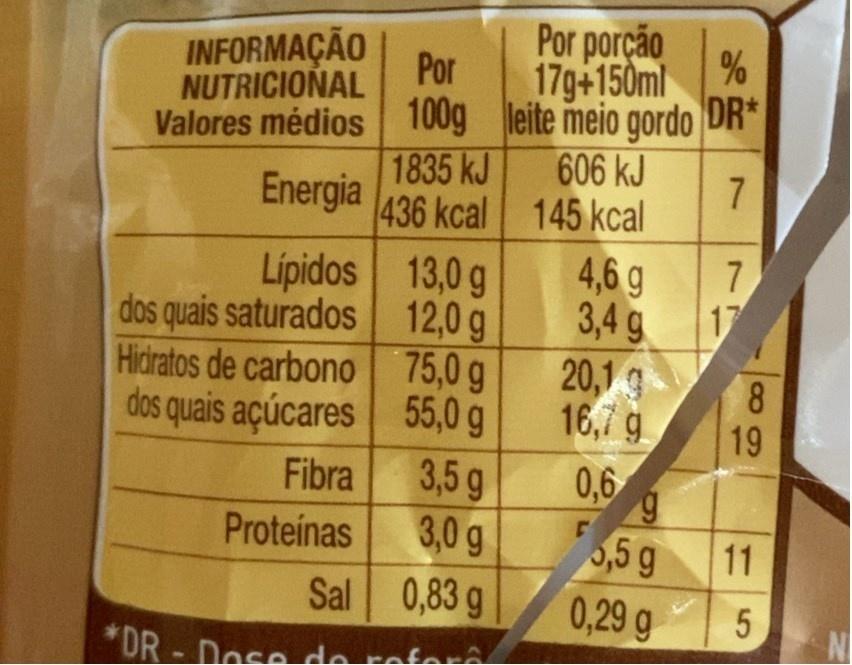
INFORMAÇÃO NUTRICIONAL Valores médios 100g leite meio gordo DR*
Por porção 17g+150ml
Por
1835 kJ 436 kcal 145 kcal 13,0 g
606 kJ
Energia
4,6g 3,4 g
7
Lipidos dos quais saturados 12,0 g Hidratos de carbono 75,0 g dos quais açúcares 55,0 g
17 20,1 3 16,7 g
8.
8.
19
3,5 g 3,0 g
Fibra
0,6
Proteinas
0,5 g 0,29 g
11
Sal 0,83 g
N
*DR - Dose de referâA
7.